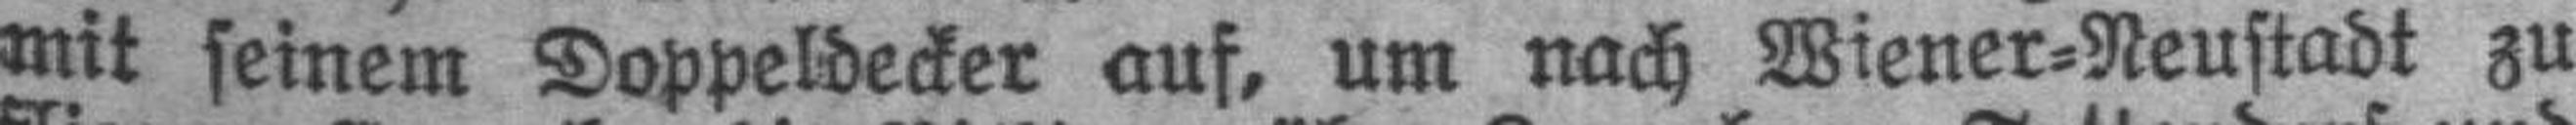
mit seinem Doppeldecker auf, um nach Wiener=Neustadt zu